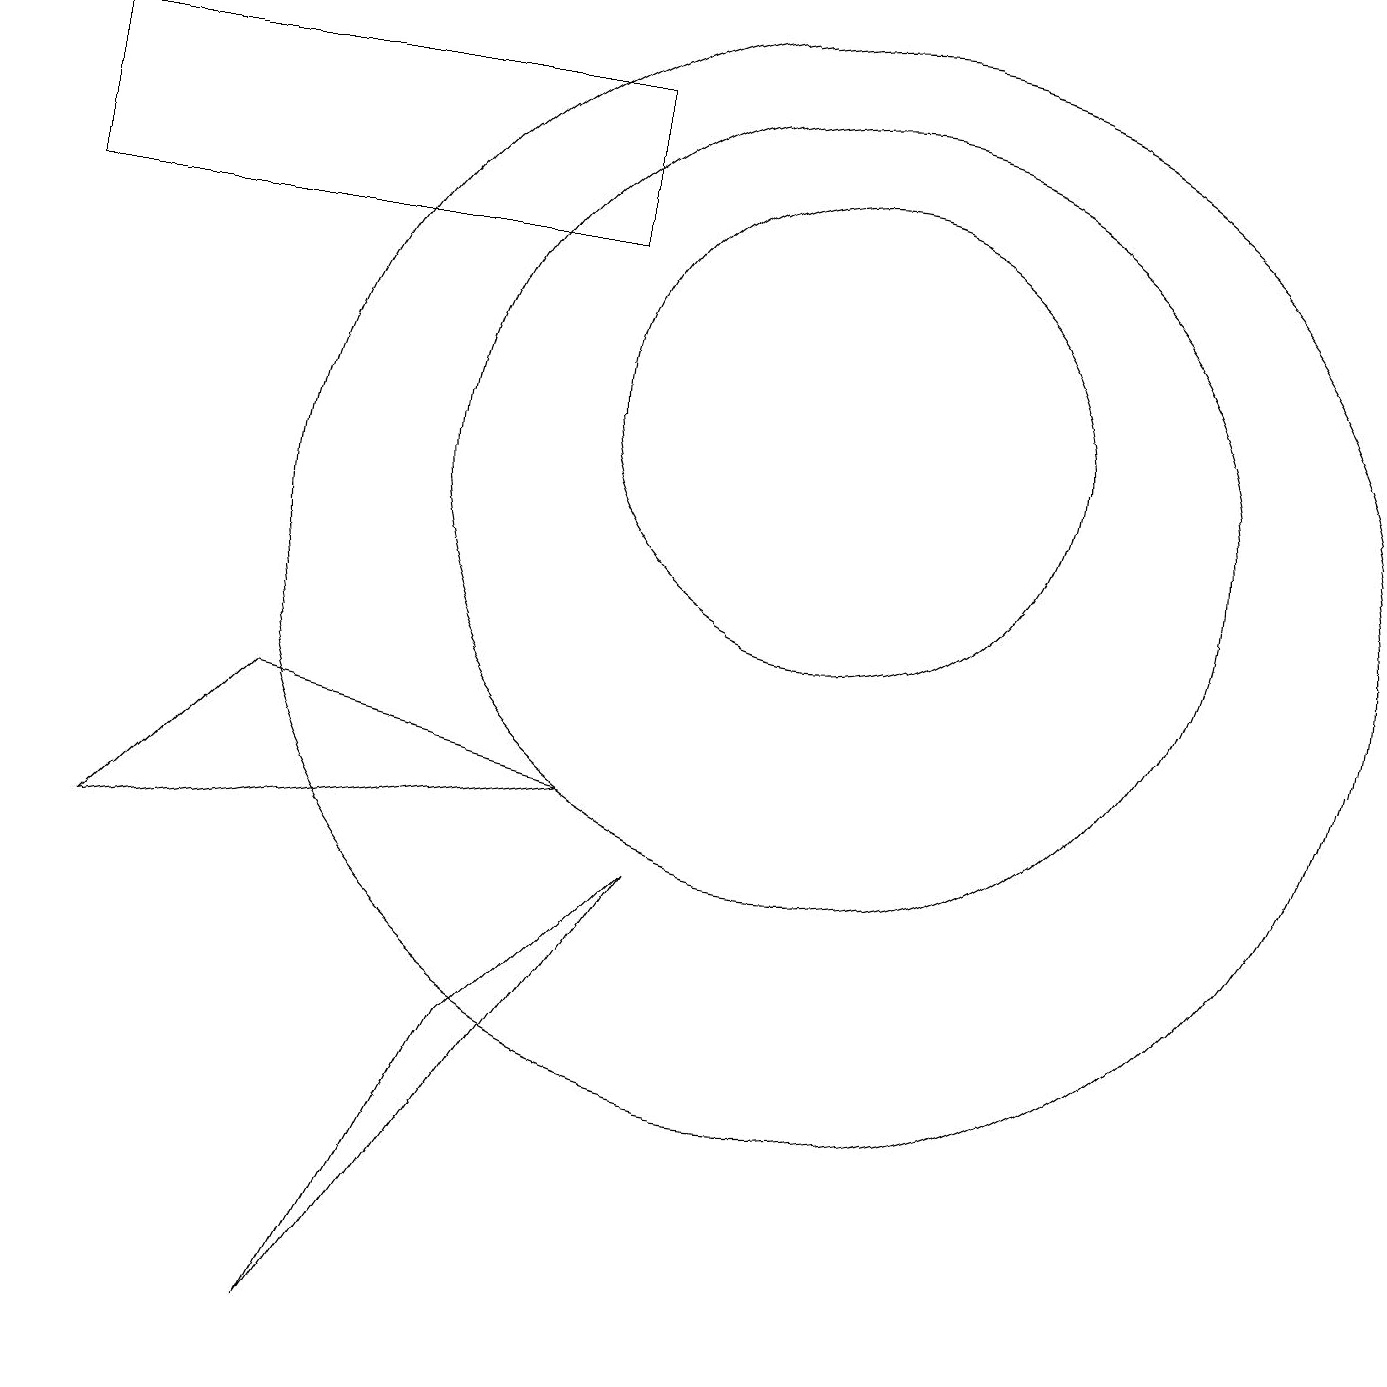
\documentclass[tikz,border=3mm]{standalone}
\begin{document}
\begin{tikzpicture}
\draw (4,8) -- (8,7) -- (2,6) -- cycle;
\draw (9,6) -- (5,0) -- (7,4) -- cycle;
\draw (11,12) circle (3);
\draw (11,10) circle (7);
\draw (11,11) circle (5);
\draw (8,14) rectangle (1,16);
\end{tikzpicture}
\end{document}